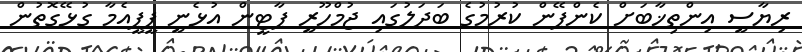
ރިޔާސީ އިންތިޚާބަށް ކެންޕޭން ކުރުމުގެ ބަދަލުގައި ޖުމްހޫރީ ޕާޓީން އުޅެނީ ޕީޕީއެމާ ގުޅޭގޮތުން